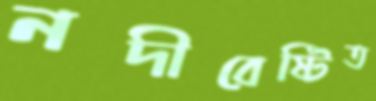
নদীবেষ্টিত